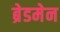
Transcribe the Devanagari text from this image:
ब्रेडमेन